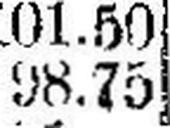
98.75